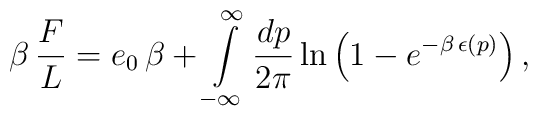
\beta\,{F\over L} = e_0\,\beta + \int\limits_{-\infty}^\infty {dp\over 2\pi} \ln\left(1- e^{-\beta\,\epsilon(p)}\right),